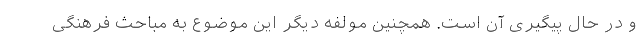
و در حال پیگیری آن است. همچنین مولفه دیگر این موضوع به مباحث فرهنگی